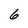
Character: 6